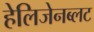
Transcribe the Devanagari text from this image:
हेलिजेनब्लट